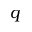
q